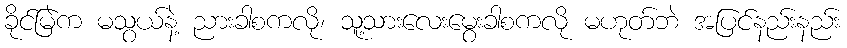
ခိုင်မြဲက မသွယ်နဲ့ ညားခါစကလို၊ သူ့သားလေးမွေးခါစကလို မဟုတ်ဘဲ အပြင်နည်းနည်း